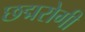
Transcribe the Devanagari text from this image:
छद्मरोगी